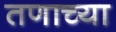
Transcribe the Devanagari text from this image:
तणाच्या